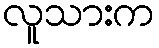
လူသားက